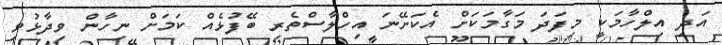
އަދި އިލްހާމަކީ މިފަދަ މަގާމަކަށް އެކަށޭނަ އިހްލާސްތެރި ބޭފުޅެއް ކަމަށް ނިހާން ވިދާޅުވި